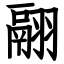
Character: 翮